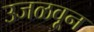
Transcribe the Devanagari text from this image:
उजळवून